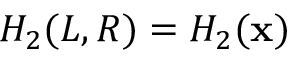
H _ { 2 } ( L , R ) = H _ { 2 } ( \mathbf { x } )